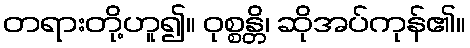
တရားတို့ဟူ၍။ ဝုစ္စန္တိ၊ ဆိုအပ်ကုန်၏။